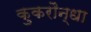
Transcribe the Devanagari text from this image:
कुकरौन्धा